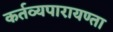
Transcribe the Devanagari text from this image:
कर्तव्यपारायण्ता